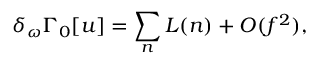
\delta _ { \omega } \Gamma _ { 0 } [ u ] = \sum _ { n } L ( n ) + O ( f ^ { 2 } ) ,